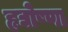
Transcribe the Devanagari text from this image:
हृद्योष्णा